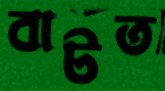
বাটত